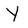
Character: Y